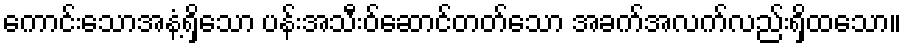
ကောင်းသောအနံ့ရှိသော ပန်းအသီးဝ်ဆောင်တတ်သော အခက်အလက်လည်းရှိထသော။